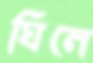
ঘিনে